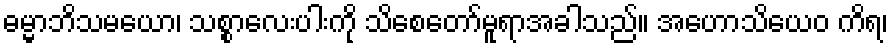
ဓမ္မာဘိသမယော၊ သစ္စာလေးပါးကို သိစေတော်မူရာအခါသည်။ အဟောသိယေဝ ကိရ၊